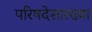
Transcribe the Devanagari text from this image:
परिषदेसारख्या